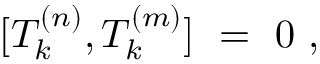
[ T _ { k } ^ { ( n ) } , T _ { k } ^ { ( m ) } ] \ = \ 0 \ ,